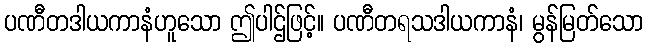
ပဏီတဒါယကာနံဟူသော ဤပါဌ်ဖြင့်။ ပဏီတရသဒါယကာနံ၊ မွန်မြတ်သော